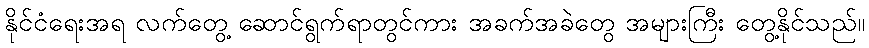
နိုင်ငံရေးအရ လက်တွေ့ ဆောင်ရွက်ရာတွင်ကား အခက်အခဲတွေ အများကြီး တွေ့နိုင်သည်။